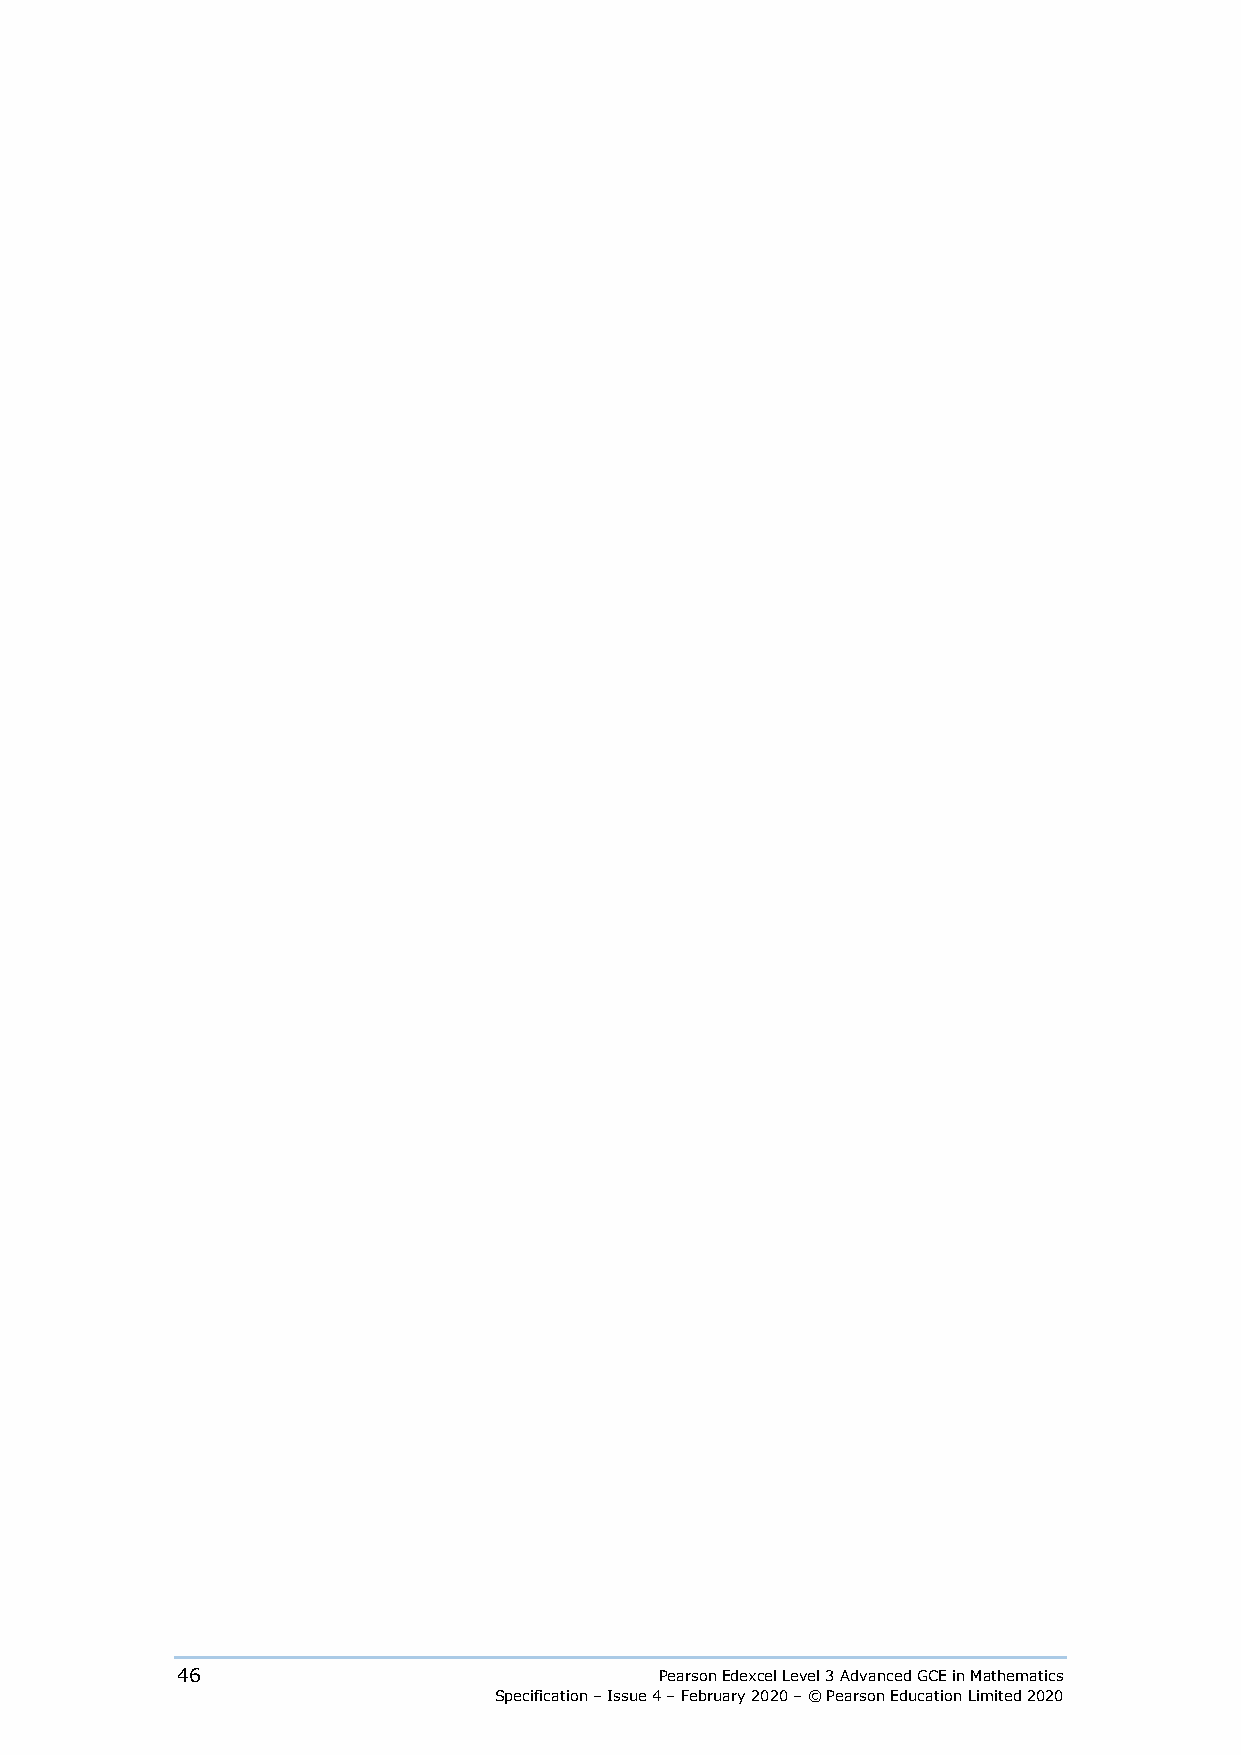
46                              Pearson Edexcel Level 3 Advanced GCE in Mathematics
 Specification – Issue 4 – February 2020 – © Pearson Education Limited 2020